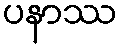
ပနာဿ